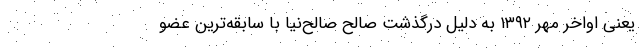
یعنی اواخر مهر ۱۳۹۲ به دلیل درگذشت صالح صالح‌نیا با سابقه‌ترین عضو